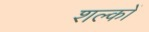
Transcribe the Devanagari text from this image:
शल्‍कों